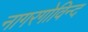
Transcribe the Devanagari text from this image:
नागरगोविन्द